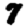
Digit: 7